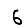
Digit: 6